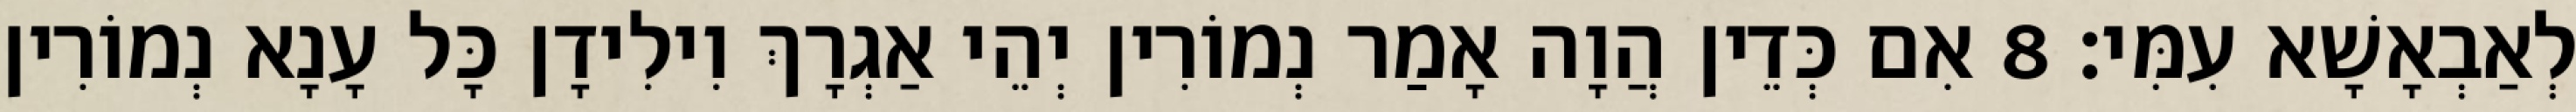
לְאַבְאָשָׁא עִמִּי׃ 8 אִם כְּדֵין הֲוָה אָמַר נְמוֹרִין יְהֵי אַגְרָךְ וִילִידָן כָּל עָנָא נְמוֹרִין